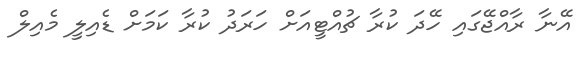
އޭނާ ރާއްޖޭގައި ހޭދަ ކުރާ ޗުއްޓީއަށް ހަރަދު ކުރާ ކަމަށް ޑެއިލީ މެއިލް